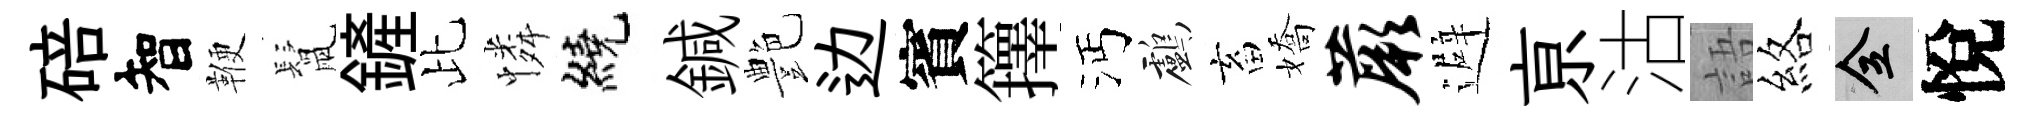
碚智鞭鬛鏟比憐繞鍼艶边賓籜沔鸕畜嬌蕨避亰沽語絡全悅